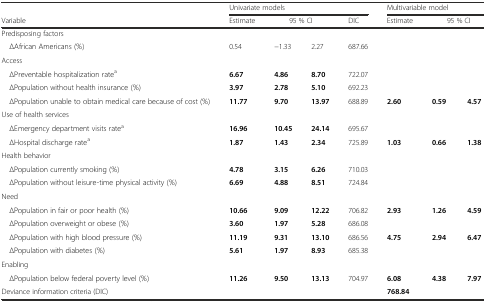
|  | <COLSPAN=4> Univariate models | <COLSPAN=3> Multivariable model |
 | Variable | Estimate | <COLSPAN=2> 95 % CI | DIC | Estimate | <COLSPAN=2> 95 % CI |
 | --- | --- | --- | --- | --- | --- | --- | --- |
 | Predisposing factors |  |  |  |  |  |  |  |
 | ΔAfrican Americans (%) | 0.54 | −1.33 | 2.27 | 687.66 |  |  |  |
 | Access |  |  |  |  |  |  |  |
 | ΔPreventable hospitalization ratea | 6.67 | 4.86 | 8.70 | 722.07 |  |  |  |
 | ΔPopulation without health insurance (%) | 3.97 | 2.78 | 5.10 | 692.23 |  |  |  |
 | ΔPopulation unable to obtain medical care because of cost (%) | 11.77 | 9.70 | 13.97 | 688.89 | 2.60 | 0.59 | 4.57 |
 | Use of health services |  |  |  |  |  |  |  |
 | ΔEmergency department visits ratea | 16.96 | 10.45 | 24.14 | 695.67 |  |  |  |
 | ΔHospital discharge ratea | 1.87 | 1.43 | 2.34 | 725.89 | 1.03 | 0.66 | 1.38 |
 | Health behavior |  |  |  |  |  |  |  |
 | ΔPopulation currently smoking (%) | 4.78 | 3.15 | 6.26 | 710.03 |  |  |  |
 | ΔPopulation without leisure-time physical activity (%) | 6.69 | 4.88 | 8.51 | 724.84 |  |  |  |
 | Need |  |  |  |  |  |  |  |
 | ΔPopulation in fair or poor health (%) | 10.66 | 9.09 | 12.22 | 706.82 | 2.93 | 1.26 | 4.59 |
 | ΔPopulation overweight or obese (%) | 3.60 | 1.97 | 5.28 | 686.08 |  |  |  |
 | ΔPopulation with high blood pressure (%) | 11.19 | 9.31 | 13.10 | 686.56 | 4.75 | 2.94 | 6.47 |
 | ΔPopulation with diabetes (%) | 5.61 | 1.97 | 8.93 | 685.38 |  |  |  |
 | Enabling |  |  |  |  |  |  |  |
 | ΔPopulation below federal poverty level (%) | 11.26 | 9.50 | 13.13 | 704.97 | 6.08 | 4.38 | 7.97 |
 | Deviance information criteria (DIC) |  |  |  |  | 768.84 |  |  |